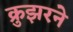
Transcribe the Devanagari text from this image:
क्रुझरने